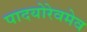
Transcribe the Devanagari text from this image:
पादयोरेवमेव